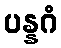
ပန္နဂံ